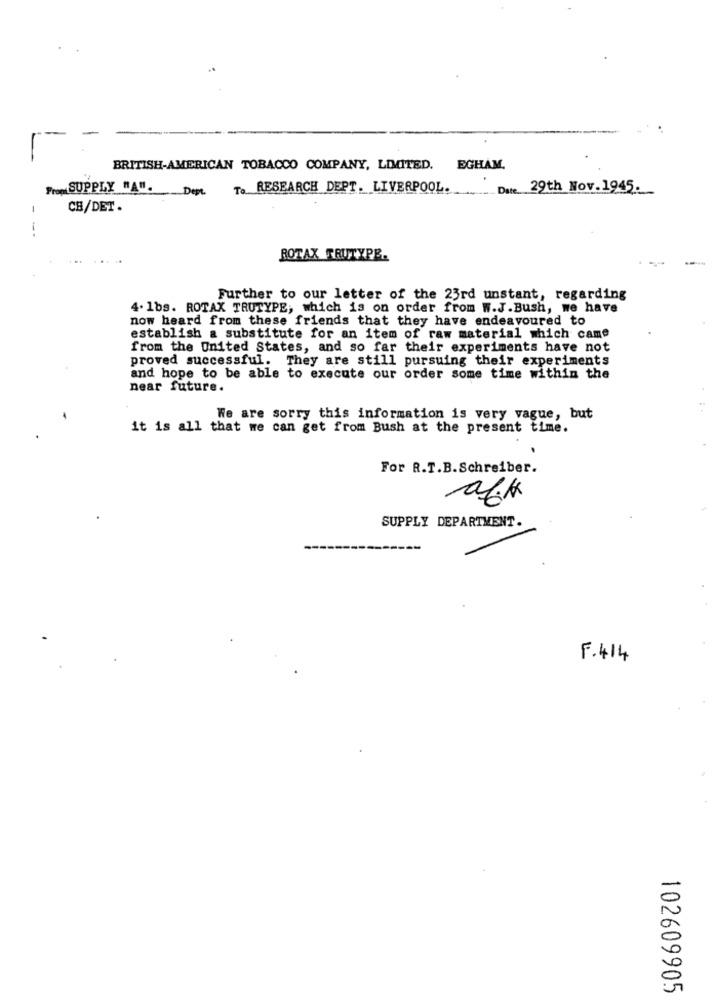
BRITISH-AMERICAN TOBACCO COMPANY, LIMITED. EGHAM.
SUPPLY "A".
Dept. To RESEARCH DEPT. LIVERPOOL.
Date 29th Nov.1945.
-
CH/DET.
ROTAX TRUTYPE.
Further to our letter of the 23rd unstant, regarding
4. 1bs. ROTAX TRUTYPE, which is on order from W.J.Bush, we have
now heard from these friends that they have endeavoured to
establish a substitute for an item of raw material which came
from the United States, and so far their experiments have not
proved successful. They are still pursuing their experiments
and hope to be able to execute our order some time within the
near future.
We are sorry this information is very vague, but
it is all that we can get from Bush at the present time.
For R.T.B.Schreiber.
SUPPLY DEPARTMENT.
F- 414
102609905